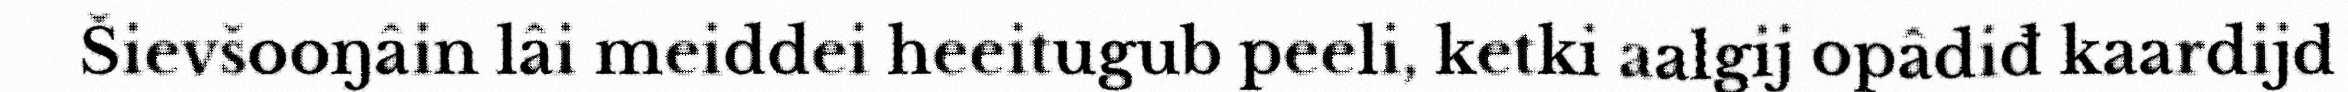
Šievšooŋâin lâi meiddei heeitugub peeli, ketki aalgij opâdiđ kaardijd